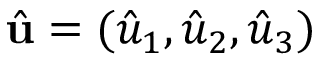
\hat { \bf u } = ( \hat { u } _ { 1 } , \hat { u } _ { 2 } , \hat { u } _ { 3 } )